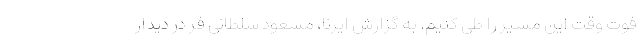
فوت وقت این مسیر را طی کنیم. به گزارش ایرنا، مسعود سلطانی فر در دیدار